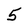
Character: 5